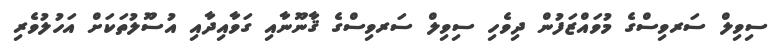
ސިވިލް ސަރވިސްގެ މުވައްޒަފުން ދިވެހި ސިވިލް ސަރވިސްގެ ޤާނޫނާއި ގަވާއިދާއި އުސޫލުތަކަށް އަހުލުވެރި